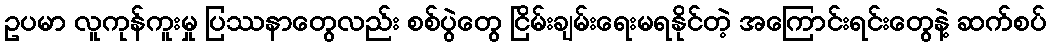
ဥပမာ လူကုန်ကူးမှု ပြဿနာတွေလည်း စစ်ပွဲတွေ ငြိမ်းချမ်းရေးမရနိုင်တဲ့ အကြောင်းရင်းတွေနဲ့ ဆက်စပ်